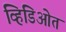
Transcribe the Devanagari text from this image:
व्हिडिओत